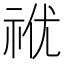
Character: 𥙜